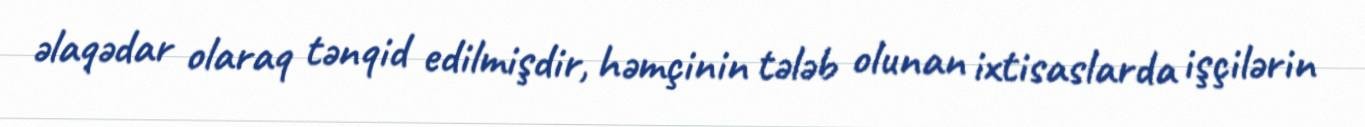
əlaqədar olaraq tənqid edilmişdir, həmçinin tələb olunan ixtisaslarda işçilərin